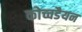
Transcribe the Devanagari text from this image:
कोच्चडैयन